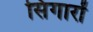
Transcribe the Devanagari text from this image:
सिंगारों